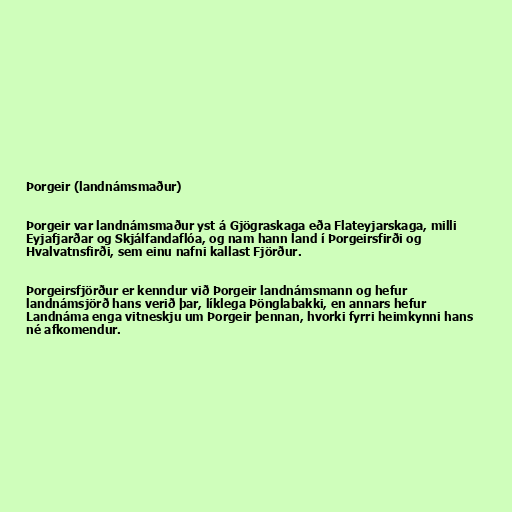
Þorgeir (landnámsmaður)

Þorgeir var landnámsmaður yst á Gjögraskaga eða Flateyjarskaga, milli
Eyjafjarðar og Skjálfandaflóa, og nam hann land í Þorgeirsfirði og
Hvalvatnsfirði, sem einu nafni kallast Fjörður.

Þorgeirsfjörður er kenndur við Þorgeir landnámsmann og hefur
landnámsjörð hans verið þar, líklega Þönglabakki, en annars hefur
Landnáma enga vitneskju um Þorgeir þennan, hvorki fyrri heimkynni hans
né afkomendur.